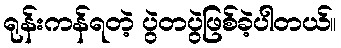
ရုန်းကန်ရတဲ့ ပွဲတပွဲဖြစ်ခဲ့ပါတယ်။